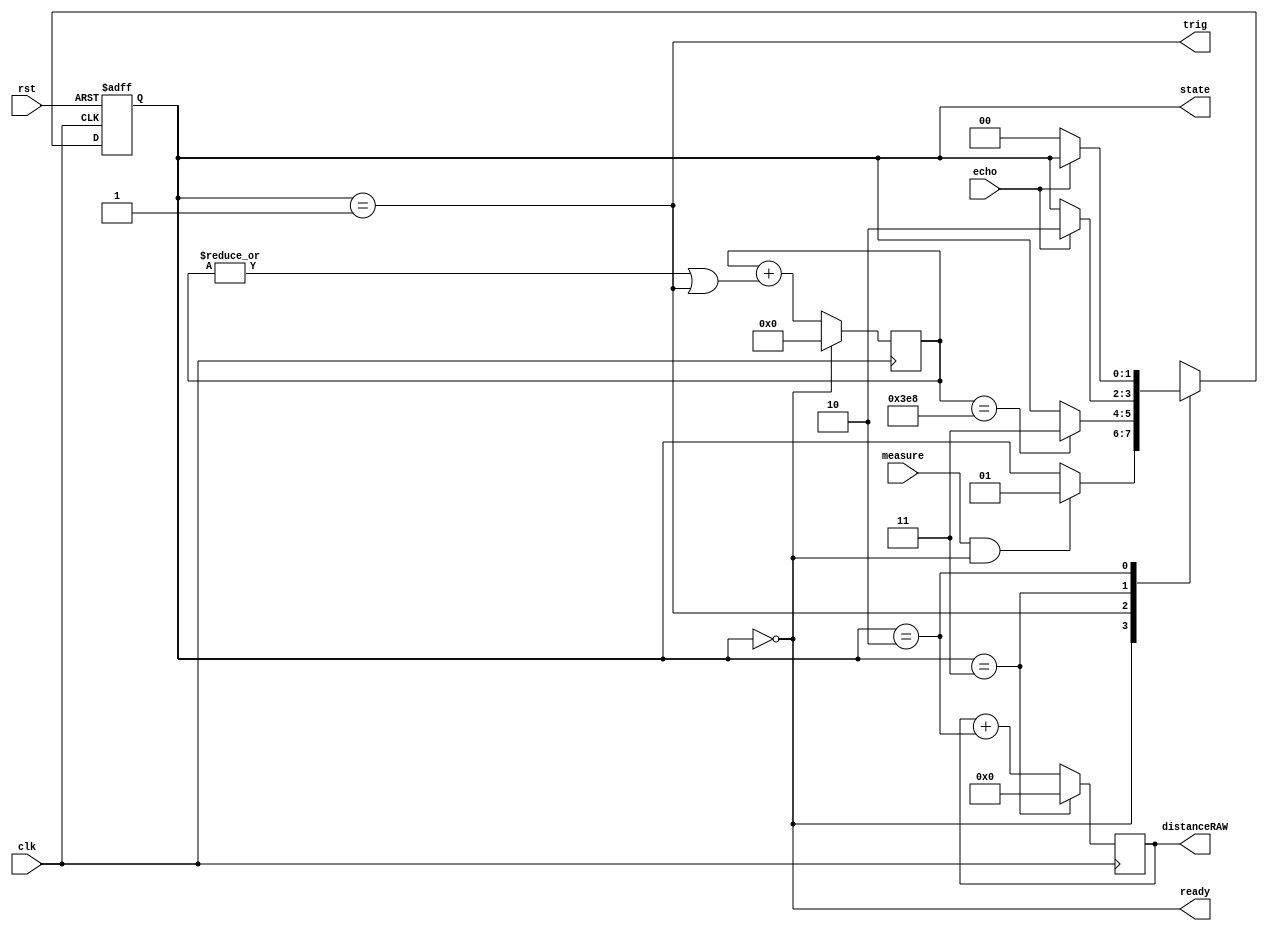
/* ------------------------------------------------ *
 * Title       : HC-SR04 Interface v1               *
 * Project     : HC-SR04 Interface                  *
 * ------------------------------------------------ *
 * Last Edit   : 16/01/2021                         *
 * Licence     : CERN-OHL-W                         *
 * ------------------------------------------------ *
 * Description : A verilog interface for HC-SR04    *
 *               ultrasonic ranging module. HC-SR04 *
 *               uses 5V logic!                     *
 * ------------------------------------------------ *
 * Revisions                                        *
 *     v1      : Inital version                     *
 * ------------------------------------------------ */

module hc_sr04#(parameter ten_us = 10'd1000)(
  input clk, //100 MHz
  input rst,
  input measure,
  output reg [1:0] state,
  output ready,
  //HC-SR04 signals
  input echo, //JA1
  output trig, //JA2
  output reg [21:0] distanceRAW);
  localparam IDLE = 2'b00,
          TRIGGER = 2'b01,
             WAIT = 2'b11,
        COUNTECHO = 2'b10;
  wire inIDLE, inTRIGGER, inWAIT, inCOUNTECHO;
  reg [9:0] counter;
  wire trigcountDONE, counterDONE;

  //Ready
  assign ready = inIDLE;
  
  //Decode states
  assign inIDLE = (state == IDLE);
  assign inTRIGGER = (state == TRIGGER);
  assign inWAIT = (state == WAIT);
  assign inCOUNTECHO = (state == COUNTECHO);

  //State transactions
  always@(posedge clk or posedge rst)
    begin
      if(rst)
        begin
          state <= IDLE;
        end
      else
        begin
          case(state)
            IDLE:
              begin
                state <= (measure & ready) ? TRIGGER : state;
              end
            TRIGGER:
              begin
                state <= (trigcountDONE) ? WAIT : state;
              end
            WAIT:
              begin
                state <= (echo) ? COUNTECHO : state;
              end
            COUNTECHO:
              begin
                state <= (echo) ? state : IDLE;
              end
          endcase
          
        end
    end
  
  //Trigger
  assign trig = inTRIGGER;
  
  //Counter
  always@(posedge clk)
    begin
      if(inIDLE)
        begin
          counter <= 10'd0;
        end
      else
        begin
          counter <= counter + {9'd0, (|counter | inTRIGGER)};
        end
    end
  assign trigcountDONE = (counter == ten_us);

  //Get distance
  always@(posedge clk)
    begin
      if(inWAIT)
        distanceRAW <= 22'd0;
      else
        distanceRAW <= distanceRAW + {21'd0, inCOUNTECHO};
    end
endmodule

module refresher250ms(
  input clk,
  input en,
  output measure);
  reg [24:0] counter;

  assign measure = (counter == 25'd1);

  always@(posedge clk)
    begin
      if(~en | (counter == 25'd25_000_000))
        counter <= 25'd0;
      else
        counter <= 25'd1 + counter;
    end
endmodule